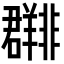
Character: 𬚀